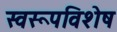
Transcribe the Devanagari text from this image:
स्वरूपविशेष